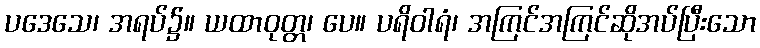
ပဒေသေ၊ အရပ်၌။ ယထာဝုတ္တ၊ ပေ။ ပရိဝါရံ၊ အကြင်အကြင်ဆိုအပ်ပြီးသော